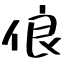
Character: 俍